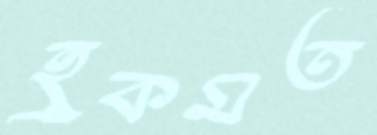
হুকমত